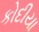
કોદીયા